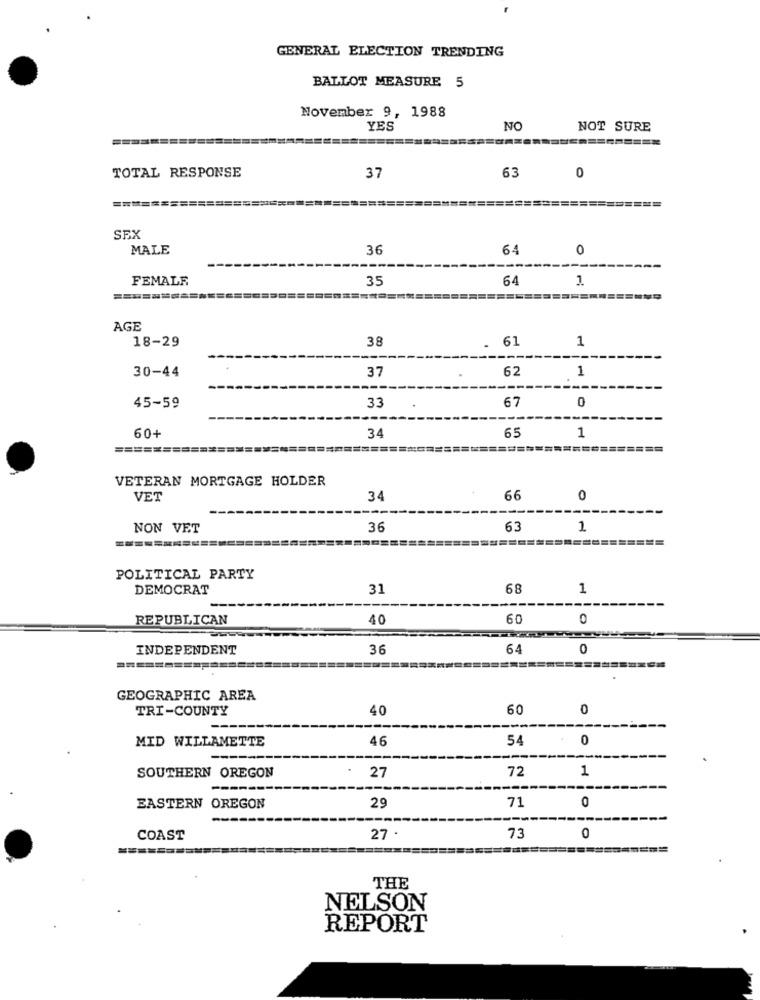
GENERAL ELECTION TRENDING
BALLOT MEASURE 5
November 9, 1988
YES
NO
NOT SURE
TOTAL RESPONSE
63
37
0
==
=====
===
SEX
MALE
36
64
0
FEMALE
35
64
1
AGE
18-29
38
. 61
1
30-44
37
62
1
33
0
45-59
67
60+
34
65
1
===================
========
================
VETERAN MORTGAGE HOLDER
VET
34
66
0
NON VET
36
63
1
=====
=================
POLITICAL PARTY
DEMOCRAT
31
68
1
REPUBLICAN
40
60
INDEPENDENT
36
64
0
===========
GEOGRAPHIC AREA
TRI-COUNTY
40
60
0
MID WILLAMETTE
46
54
0
72
1
SOUTHERN OREGON
27
71
EASTERN OREGON
29
0
COAST
27 .
73
0
THE
NELSON
REPORT